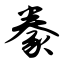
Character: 豢